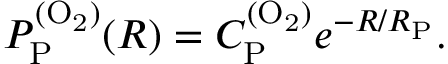
P _ { \mathrm { P } } ^ { \mathrm { ( O _ { 2 } ) } } ( R ) = C _ { \mathrm { P } } ^ { \mathrm { ( O _ { 2 } ) } } e ^ { - R / R _ { \mathrm { P } } } .